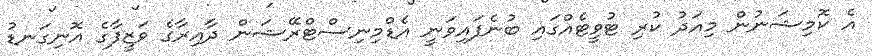
އެ ކޮމިޝަނުން މިއަދު ކުރި ޓުވީޓެއްގައި ބުނެފައިވަނީ އެޑްމިނިސްޓްރޭޝަން ދާއިރާގެ ވަޒީފާގެ އޮނިގަނޑު